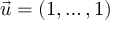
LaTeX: { \vec { u } } = ( 1 , \ldots , 1 )